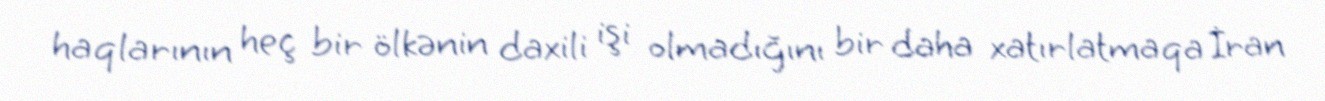
haqlarının heç bir ölkənin daxili işi olmadığını bir daha xatırlatmaqa İran